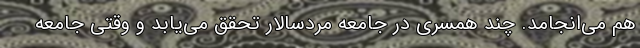
هم می‌انجامد. چند همسری در جامعه مردسالار تحقق می‌یابد و وقتی جامعه